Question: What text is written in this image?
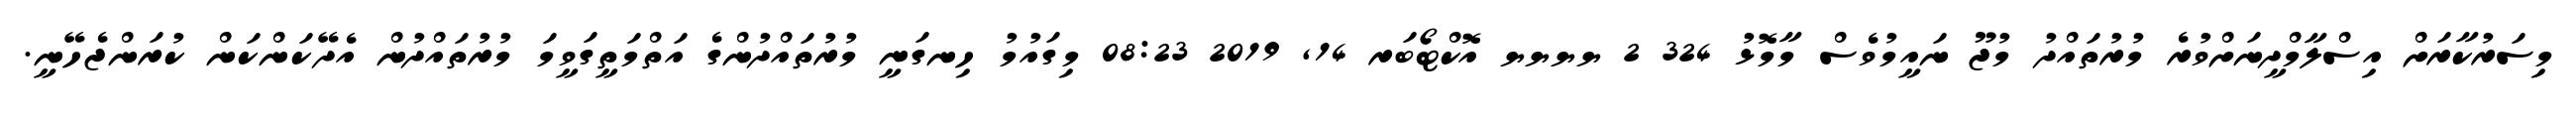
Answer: މިސަރުކާރަށް އިސްލާމްދީނަށްވުރެ މުރުތައްދު މުޖޫ ނައީމުވެސް މާމޮޅު 324 2 ޔޔޔޔ އޮކްޓޯބަރ 14, 2019 08:23 މިގައުމު ހިނގަނީ މުރުތައްދުންގެ އަތްމަތީގަވީމަ މުރުތައްދުން އެދޭކަންކަން ކުރަންޖެހޭނީ.